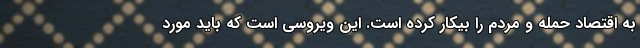
به اقتصاد حمله و مردم را بیکار کرده است. این ویروسی است که باید مورد